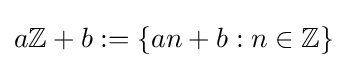
a\mathbb {Z} +b:=\{an+b:n\in \mathbb {Z} \}